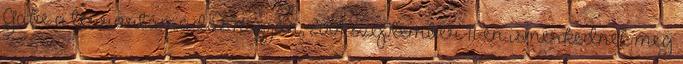
Gabe a terrortámadás napján, 2001. szeptember 11-én ismerkednek meg